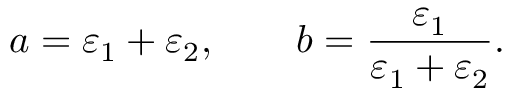
a = \varepsilon _ { 1 } + \varepsilon _ { 2 } , \qquad b = \frac { \varepsilon _ { 1 } } { \varepsilon _ { 1 } + \varepsilon _ { 2 } } .